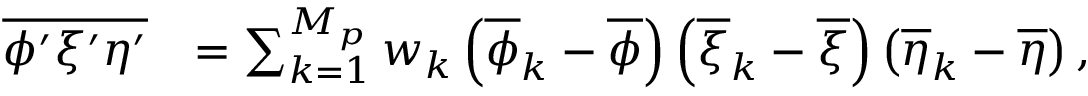
\begin{array} { r l } { \overline { { \phi ^ { \prime } \xi ^ { \prime } \eta ^ { \prime } } } } & { = \sum _ { k = 1 } ^ { M _ { p } } w _ { k } \left( \overline { { \phi } } _ { k } - \overline { { \phi } } \right) \left( \overline { { \xi } } _ { k } - \overline { { \xi } } \right) \left( \overline { { \eta } } _ { k } - \overline { { \eta } } \right) , } \end{array}